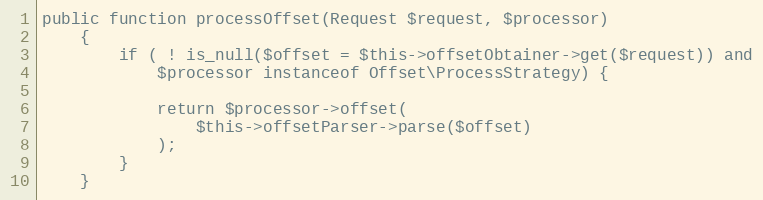
Language: PHP
public function processOffset(Request $request, $processor)
    {
        if ( ! is_null($offset = $this->offsetObtainer->get($request)) and
            $processor instanceof Offset\ProcessStrategy) {

            return $processor->offset(
                $this->offsetParser->parse($offset)
            );
        }
    }